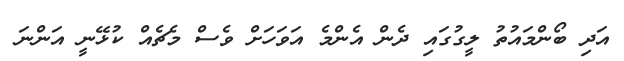
އަދި ބޯންމައުތު ލީގުގައި ދެން އެންމެ އަވަހަށް ވެސް މެޗެއް ކުޅޭނީ އަންނަ